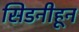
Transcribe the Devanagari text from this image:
सिडनीहून